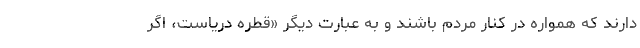
دارند که همواره در کنار مردم باشند و به عبارت دیگر «قطره دریاست، اگر